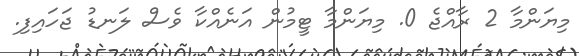
މިޔަންމާ 2 ރާއްޖެ 0. މިޔަންމާ ޓީމުން އަނެއްކާ ވެސް ލަނޑު ޖަހައިފި.